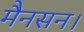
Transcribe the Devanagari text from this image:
मैनसन।